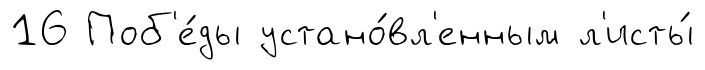
16 Поб'е́ды устано́вл'енным л'исты́